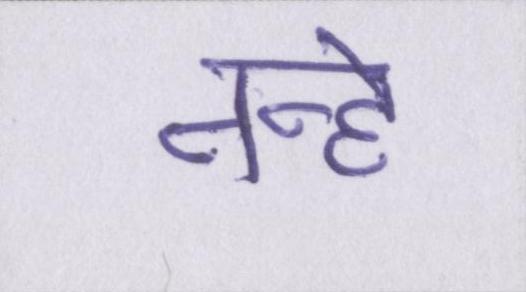
नन्हे